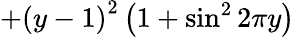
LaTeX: +\left(y-1\right)^{2}\left(1+\sin^{2}2\pi y\right)